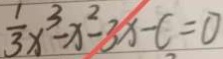
\frac { 1 } { 3 } x ^ { 3 } - x ^ { 2 } - 3 x - c = 0